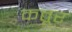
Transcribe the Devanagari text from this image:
कतूर